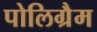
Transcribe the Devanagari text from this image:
पोलिग्रैम